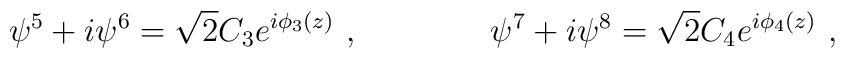
\psi^5+i\psi^6= \sqrt 2 C_3e^{i\phi_3 (z)}\ , \qquad\qquad \psi^7+i\psi^8=\sqrt 2 C_4 e^{i\phi_4 (z)}\ ,